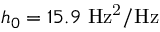
h _ { 0 } = 1 5 . 9 ~ \mathrm { H z ^ { 2 } / H z }